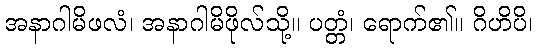
အနာဂါမိဖလံ၊ အနာဂါမိဖိုလ်သို့။ ပတ္တံ၊ ရောက်၏။ ဂိဟိပိ၊